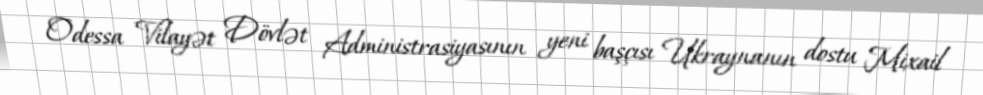
Odessa Vilayət Dövlət Administrasiyasının yeni başçısı Ukraynanın dostu Mixail